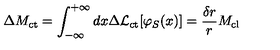
\Delta M _ { \mathrm { c t } } = \int _ { - \infty } ^ { + \infty } d x \Delta { \cal L } _ { \mathrm { c t } } [ \varphi _ { S } ( x ) ] = \frac { \delta r } { r } M _ { \mathrm { c l } }